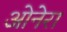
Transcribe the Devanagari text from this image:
ओनेरा